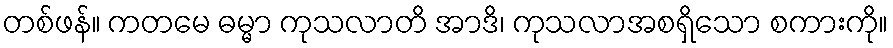
တစ်ဖန်။ ကတမေ ဓမ္မာ ကုသလာတိ အာဒိ၊ ကုသလာအစရှိသော စကားကို။